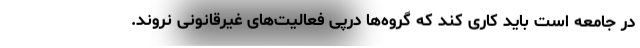
در جامعه است باید کاری کند که گروه‌ها درپی فعالیت‌های غیرقانونی نروند.